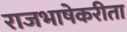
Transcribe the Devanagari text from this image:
राजभाषेकरीता